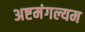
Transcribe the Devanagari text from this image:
अष्टमंगल्यम